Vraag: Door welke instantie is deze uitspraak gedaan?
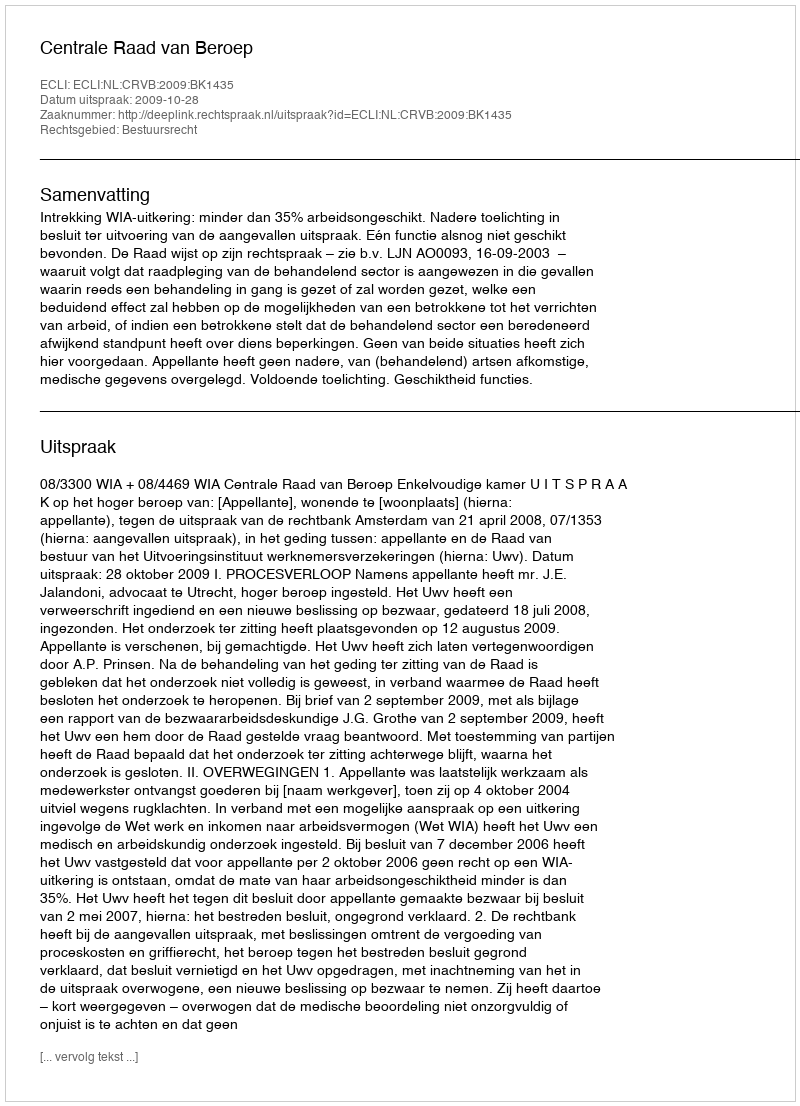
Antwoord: Centrale Raad van Beroep